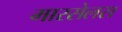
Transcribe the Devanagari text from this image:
मारसेलस